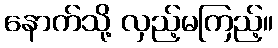
နောက်သို့ လှည့်မကြည့်။